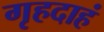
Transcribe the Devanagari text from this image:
गृहदाहं